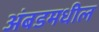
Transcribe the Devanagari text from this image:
अंबडमधील